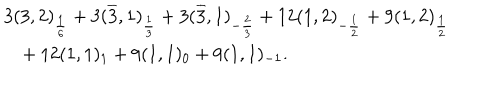
LaTeX: \begin{array} { l } { { 3 ( 3 , 2 ) _ { \frac { 1 } { 6 } } + 3 ( \overline { { { 3 } } } , 1 ) _ { \frac { 1 } { 3 } } + 3 ( \overline { { { 3 } } } , 1 ) _ { - \frac { 2 } { 3 } } + 1 2 ( 1 , 2 ) _ { - \frac { 1 } { 2 } } + 9 ( 1 , 2 ) _ { \frac { 1 } { 2 } } } } \\ { { \ \ \ + 1 2 ( 1 , 1 ) _ { 1 } + 9 ( 1 , 1 ) _ { 0 } + 9 ( 1 , 1 ) _ { - 1 } . } } \\ \end{array}